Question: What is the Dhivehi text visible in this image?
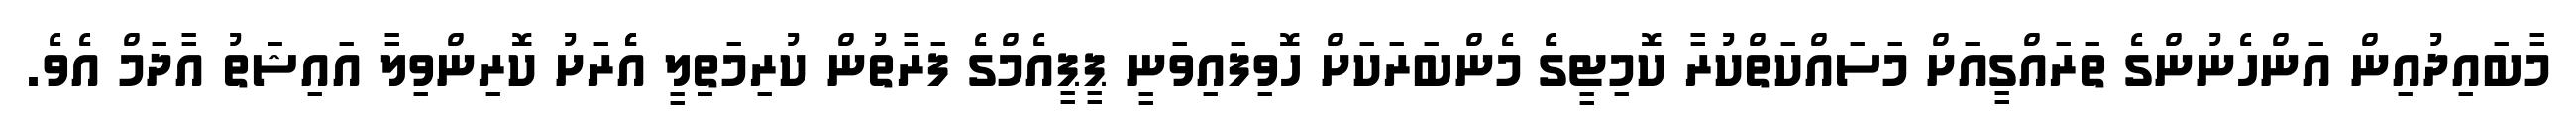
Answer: މާބައިދުއިން އަންހެނުންގެ ތަރައްގީއަށް މަސައްކަތްކުރާ ކޮމިޓީގެ މެންބަރަކަށް ހޮވިފައިވަނީ ޕީޕީއެމްގެ ފަރާތުން ކުރިމަތިލީ އެެރަށު ކޮރިންވިލާ އައިޝަތު އާދަމް އެވެ.